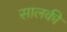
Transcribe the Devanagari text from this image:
सालकी